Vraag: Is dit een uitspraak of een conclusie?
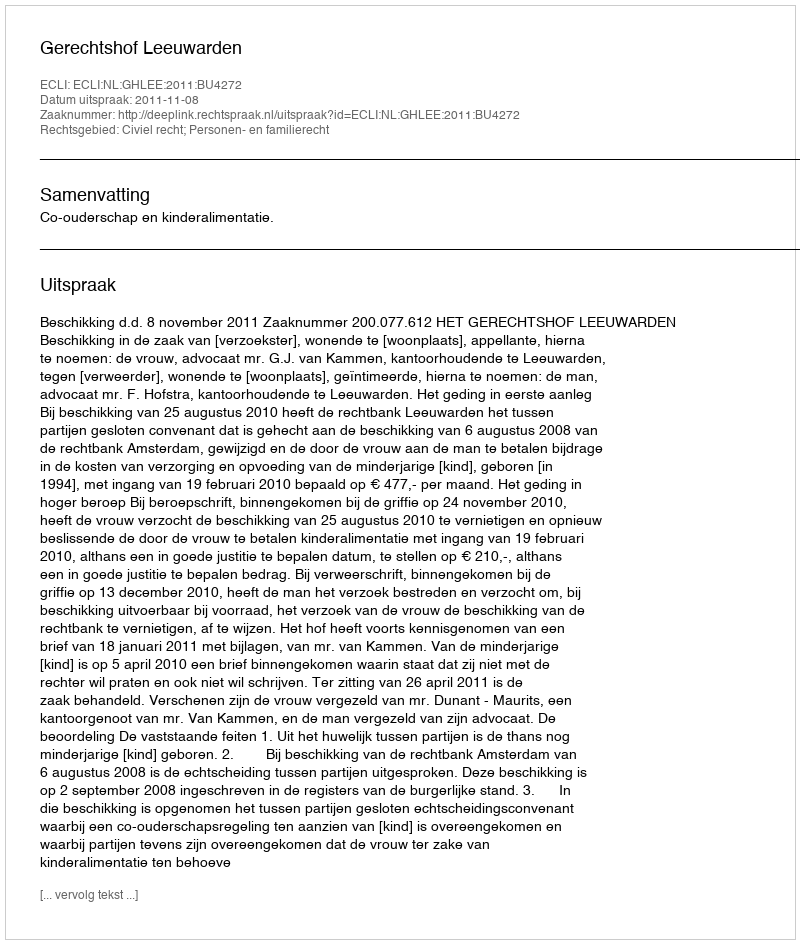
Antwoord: Uitspraak